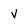
Character: v